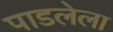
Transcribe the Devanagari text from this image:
पाडलेला